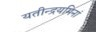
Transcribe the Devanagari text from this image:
यतीन्द्रयमिनां